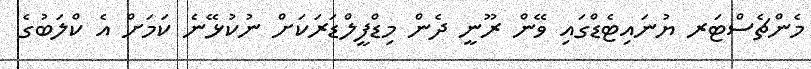
މެންޗެސްޓަރ ޔުނައިޓެޑްގައި ވޭން ރޫނީ ދެން މިޑްފީލްޑަރަކަށް ނުކުޅޭނެ ކަމަށް އެ ކްލަބުގެ